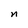
Character: n